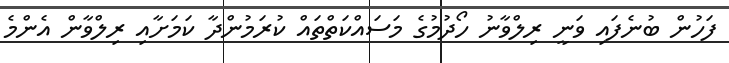
ފަހުން ބުނެފައި ވަނީ ރިލްވާނު ހޯދުމުގެ މަސައްކަތްތައް ކުރަމުންދާ ކަމަށާއި ރިލްވާން އެންމެ